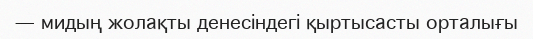
— мидың жолақты денесіндегі қыртысасты орталығы